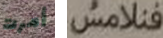
أمرت فنلامس